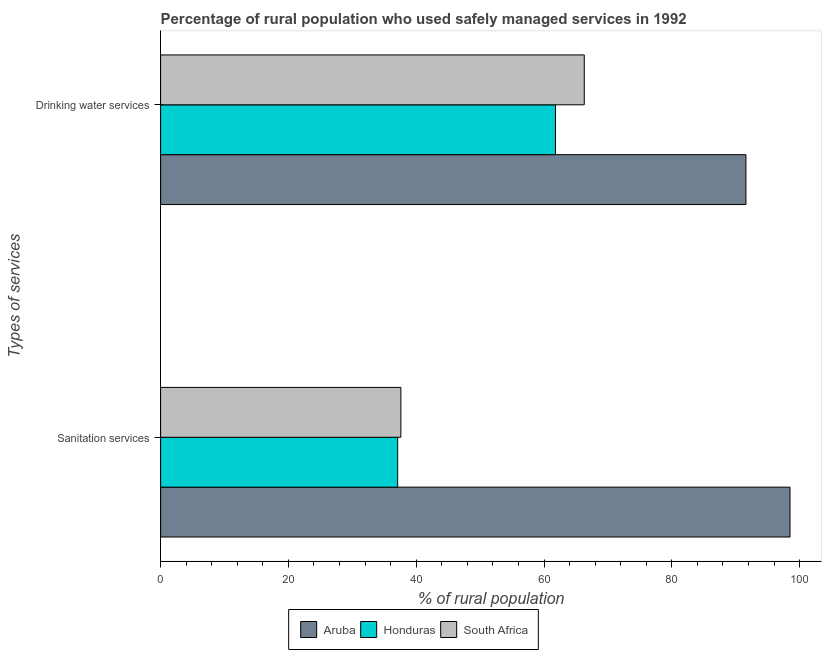
| Types of services | Aruba | Honduras | South Africa |
 | --- | --- | --- | --- |
 | Sanitation services | 98.5 | 37.1 | 37.6 |
 | Drinking water services | 91.6 | 61.8 | 66.3 |